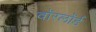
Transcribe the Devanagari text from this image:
वॉरलॉर्ड